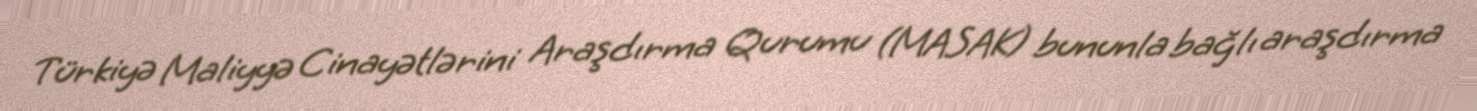
Türkiyə Maliyyə Cinayətlərini Araşdırma Qurumu (MASAK) bununla bağlı araşdırma